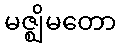
မဇ္ဈိမတော